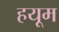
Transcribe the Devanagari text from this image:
हयूम